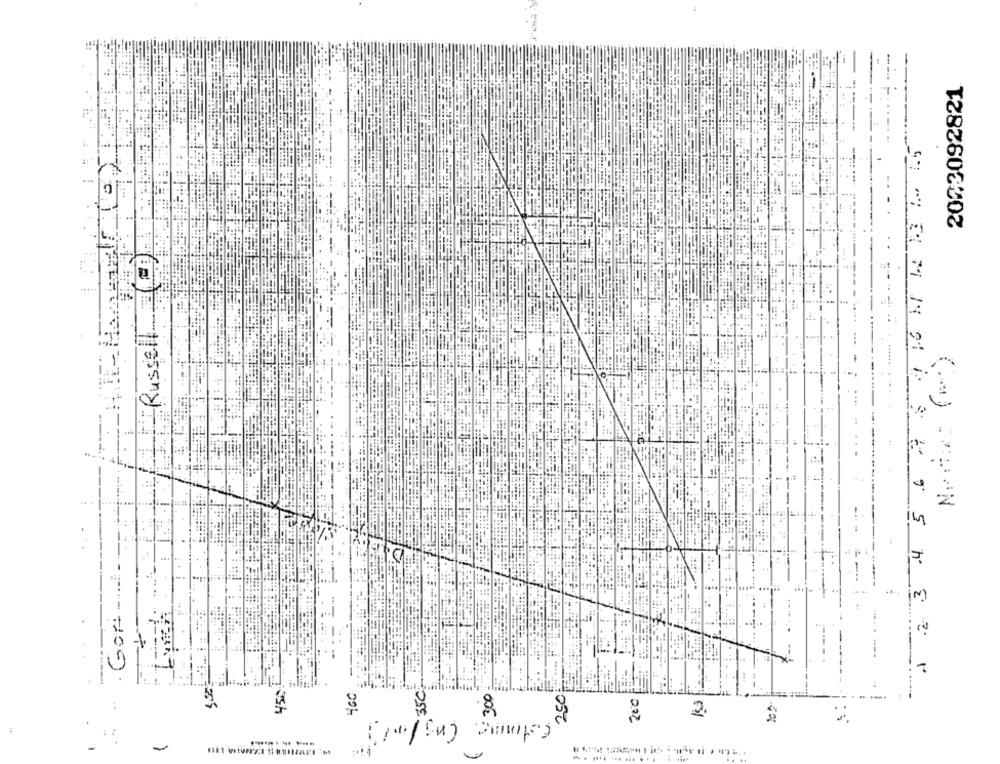
2003092821
Russell
=----
.. .
2
.
2 .2 3
200
85h
2.